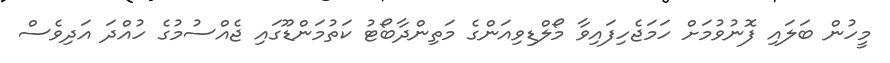
މީހުން ބަލައި ފޮނުވުމަށް ހަމަޖެހިފައިވާ މޯލްޑިވިއަންގެ މަތިންދާބޯޓު ކަތުމަންޑޫގައި ޖެއްސުމުގެ ހުއްދަ އަދިވެސް